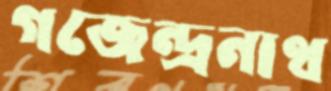
গজেন্দ্রনাথ